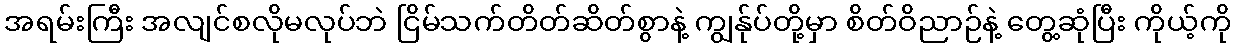
အရမ်းကြီး အလျင်စလိုမလုပ်ဘဲ ငြိမ်သက်တိတ်ဆိတ်စွာနဲ့ ကျွန်ုပ်တို့မှာ စိတ်ဝိညာဉ်နဲ့ တွေ့ဆုံပြီး ကိုယ့်ကို